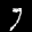
Label: 7